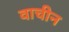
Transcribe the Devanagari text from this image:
वाचीन